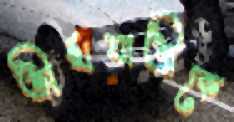
তীর্থযাত্রীকে